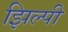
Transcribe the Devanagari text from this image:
झिल्पी